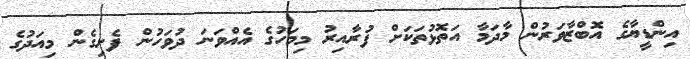
އިންޑީޔާގެ އޮބްޒާވަރުން މާދަމާ އަތޮޅުތަކަށް ފުރާއިރު މިމަހުގެ އެއްވަނަ ދުވަހުން ފެށިގެން މިއަދުގެ